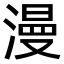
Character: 漫